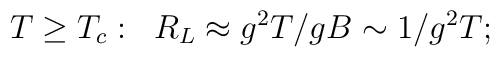
T\geq T_c:\;\;R_L \approx g^2T/gB \sim 1/g^2T;